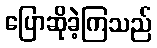
ပြောဆိုခဲ့ကြသည်